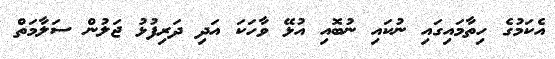
އެކަމުގެ ހިތާމައިގައި ނުކައި ނުބޮއި އުޅޭ ވާހަކަ އަދި ދަރިފުޅު ޖަލުން ސަލާމަތް